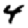
Digit: 4